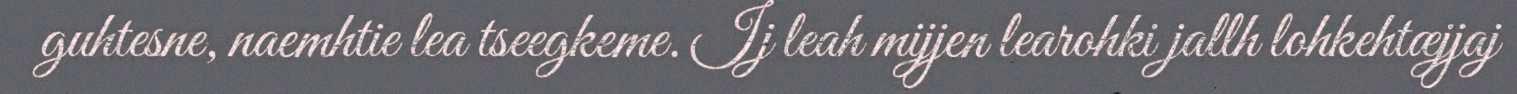
guhtesne, naemhtie lea tseegkeme. Ij leah mijjen learohki jallh lohkehtæjjaj